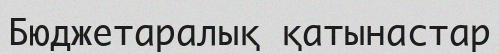
Бюджетаралық қатынастар